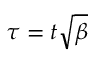
\tau = t \sqrt { \beta }